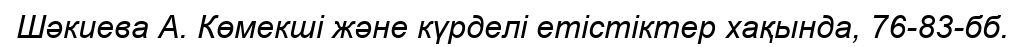
Шәкиева А. Көмекші және күрделі етістіктер хақында, 76-83-бб.